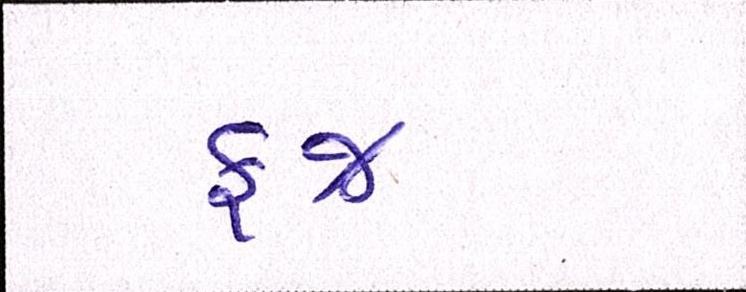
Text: ફજ્ર